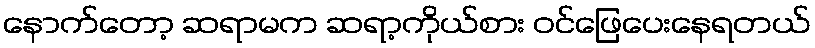
နောက်တော့ ဆရာမက ဆရာ့ကိုယ်စား ဝင်ဖြေပေးနေရတယ်